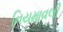
નિયમાવલી